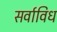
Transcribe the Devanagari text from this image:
सर्वाविध